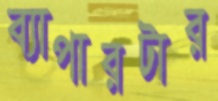
ব্যাপারটার